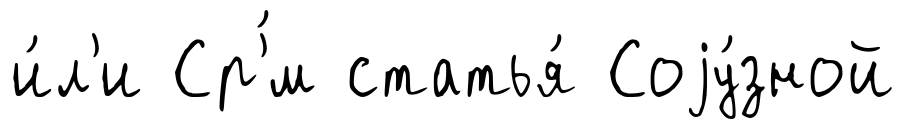
и́л'и Ср'́м статья́ Соjу́зной